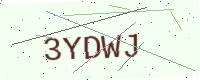
Text: 3YDWJ